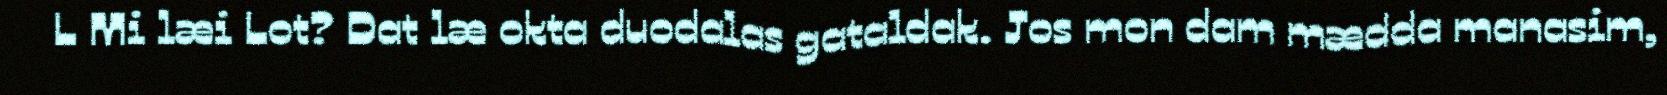
L Mi læi Lot? Dat læ okta duodalas gataldak. Jos mon dam mædda manasim,